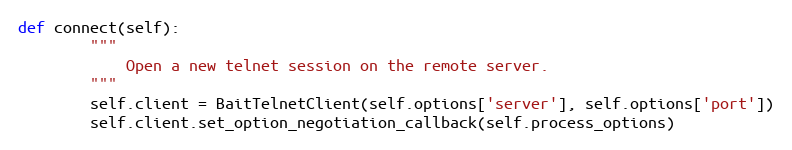
Language: Python
def connect(self):
        """
            Open a new telnet session on the remote server.
        """
        self.client = BaitTelnetClient(self.options['server'], self.options['port'])
        self.client.set_option_negotiation_callback(self.process_options)